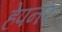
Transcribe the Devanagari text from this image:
हेपनर